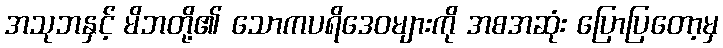
အသုဘနှင့် မိဘတို့၏ သောကပရိဒေဝများကို အစအဆုံး ပြောပြတော့မှ